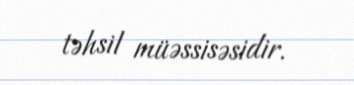
təhsil müəssisəsidir.